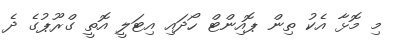
މި މޮޅާ އެކު ތިން ޕޮއިންޓް ހޯދައި އިޓަލީ އޮތީ ގްރޫޕުގެ ދެ